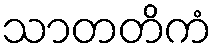
သာတတိကံ